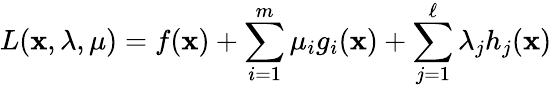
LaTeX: L(\mathbf{x},\lambda,\mu)=f(\mathbf{x})+\sum_{i=1}^{m}\mu_{i}g_{i}(\mathbf{x})+\sum_{j=1}^{\ell}\lambda_{j}h_{j}(\mathbf{x})